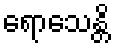
ရောသေန္တိ